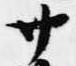
サ